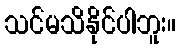
သင်မသိနိုင်ပါဘူး။